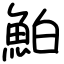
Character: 鮊